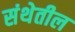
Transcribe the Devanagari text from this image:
संथेतील